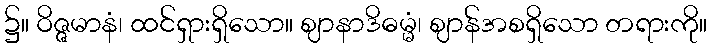
၌။ ဝိဇ္ဇမာနံ၊ ထင်ရှားရှိသော။ ဈာနာဒိဓမ္မံ၊ ဈာန်အစရှိသော တရားကို။